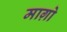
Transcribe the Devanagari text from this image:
माग़ो